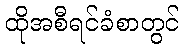
ထိုအစီရင်ခံစာတွင်